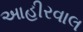
આહીરવાલ